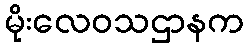
မိုးလေဝသဌာနက